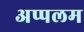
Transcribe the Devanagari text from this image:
अप्पलम